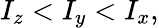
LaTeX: I_{z}<I_{y}<I_{x},